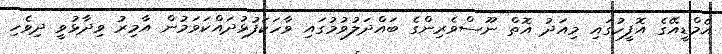
އެމްޑީއޭގެ އޮފީހުގައި މިއަދު އޮތް ނޫސްވެރިންގެ ބައްދަލުވުމުގައި ވާހަކަފުޅުދައްކަވަމުން އާމިރު ވިދާޅުވީ ދިވެހި